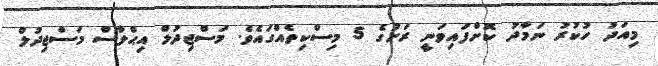
މިއަދު ހުކުރު ނަމާދު ކޮށްފައިވަނީ ރަށުގެ 5 މިސްކިތެއްގައެވެ. މަސްޖިދުލް އިޙްލާސް މަސްޖިދުލް